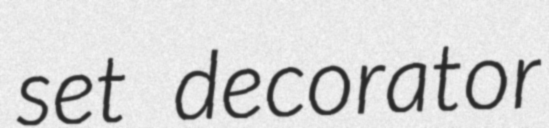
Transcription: set decorator